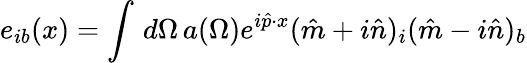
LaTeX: e_{ib}(x)=\int\, d\Omega\, a(\Omega)e^{i{\hat{p}}\cdot x}({\hat{m}}+i{\hat{n}})_{i}({\hat{m}}-i{\hat{n}})_{b}